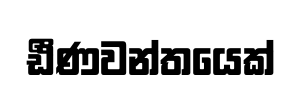
ඪීණවන්තයෙක්